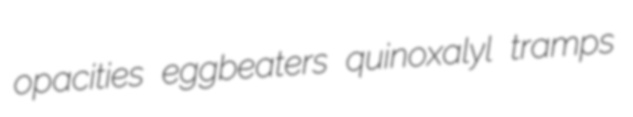
opacities eggbeaters quinoxalyl tramps